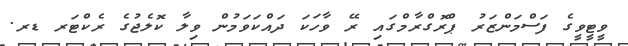
ވީޓީވީގެ ފަސްމަންޒަރު ޕްރޮގްރާމްގައި ރޭ ވާހަކަ ދައްކަވަމުން ވިލާ ކޮލެޖުގެ ރެކްޓަރ ޑރ.